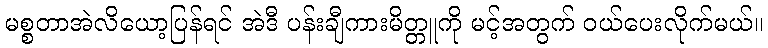
မစ္စတာအဲလိယော့ပြန်ရင် အဲဒီ ပန်းချီကားမိတ္တူကို မင့်အတွက် ဝယ်ပေးလိုက်မယ်။